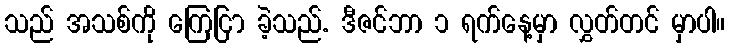
သည် အသစ်ကို ကြေငြာ ခဲ့သည်. ဒီဇင်ဘာ ၁ ရက်နေ့မှာ လွှတ်တင် မှာပါ။